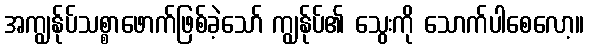
အကျွန်ုပ်သစ္စာဖောက်ဖြစ်ခဲ့သော် ကျွန်ုပ်၏ သွေးကို သောက်ပါစေလော့။